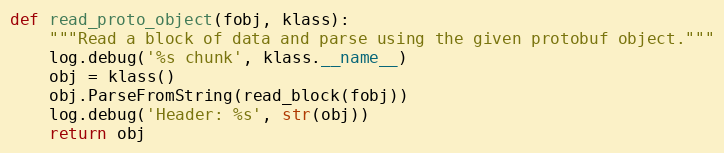
Language: Python
def read_proto_object(fobj, klass):
    """Read a block of data and parse using the given protobuf object."""
    log.debug('%s chunk', klass.__name__)
    obj = klass()
    obj.ParseFromString(read_block(fobj))
    log.debug('Header: %s', str(obj))
    return obj